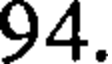
94.